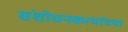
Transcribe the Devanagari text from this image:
संशोधनकर्त्याच्या